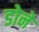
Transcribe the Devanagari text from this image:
डोने